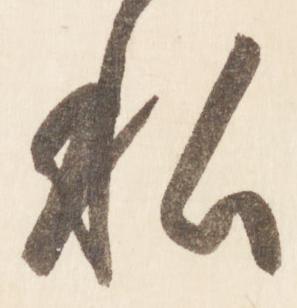
私